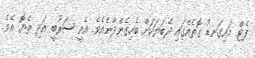
ފެޓް މައިގަނޑު ގޮތެއްގައި ދެބަޔަކަށް ބެހިގެންދާނެއެވެ. އެއީ ސަރުބީ އަދި ތެޔޮ އެވެ.